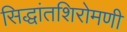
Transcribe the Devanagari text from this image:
सिद्धांतशिरोमणी